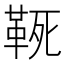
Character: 𩊢